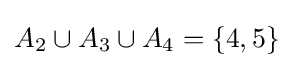
A_{2}\cup A_{3}\cup A_{4}=\{4,5\}